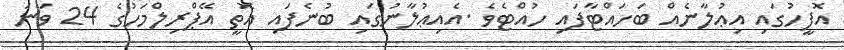
އޮފީހުގައި އިޢުލާނެއް ބަހައްޓާފައި ހުއްޓެވެ .އެއިޢުލާނުގައި ބުނެފައި އޮތީ އޭޕްރިލްމަހުގެ 24 ވަނަ